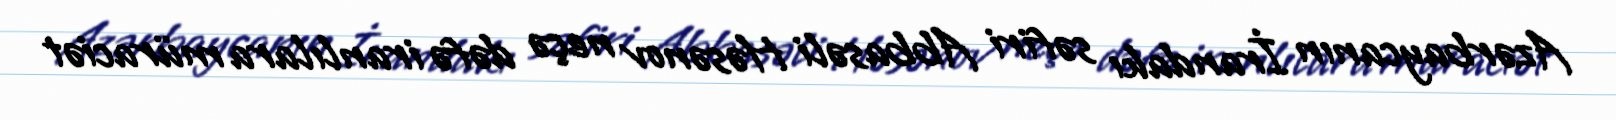
Azərbaycanın İrandakı səfiri Abbasəli Həsənov neçə dəfə iranlılara müraciət